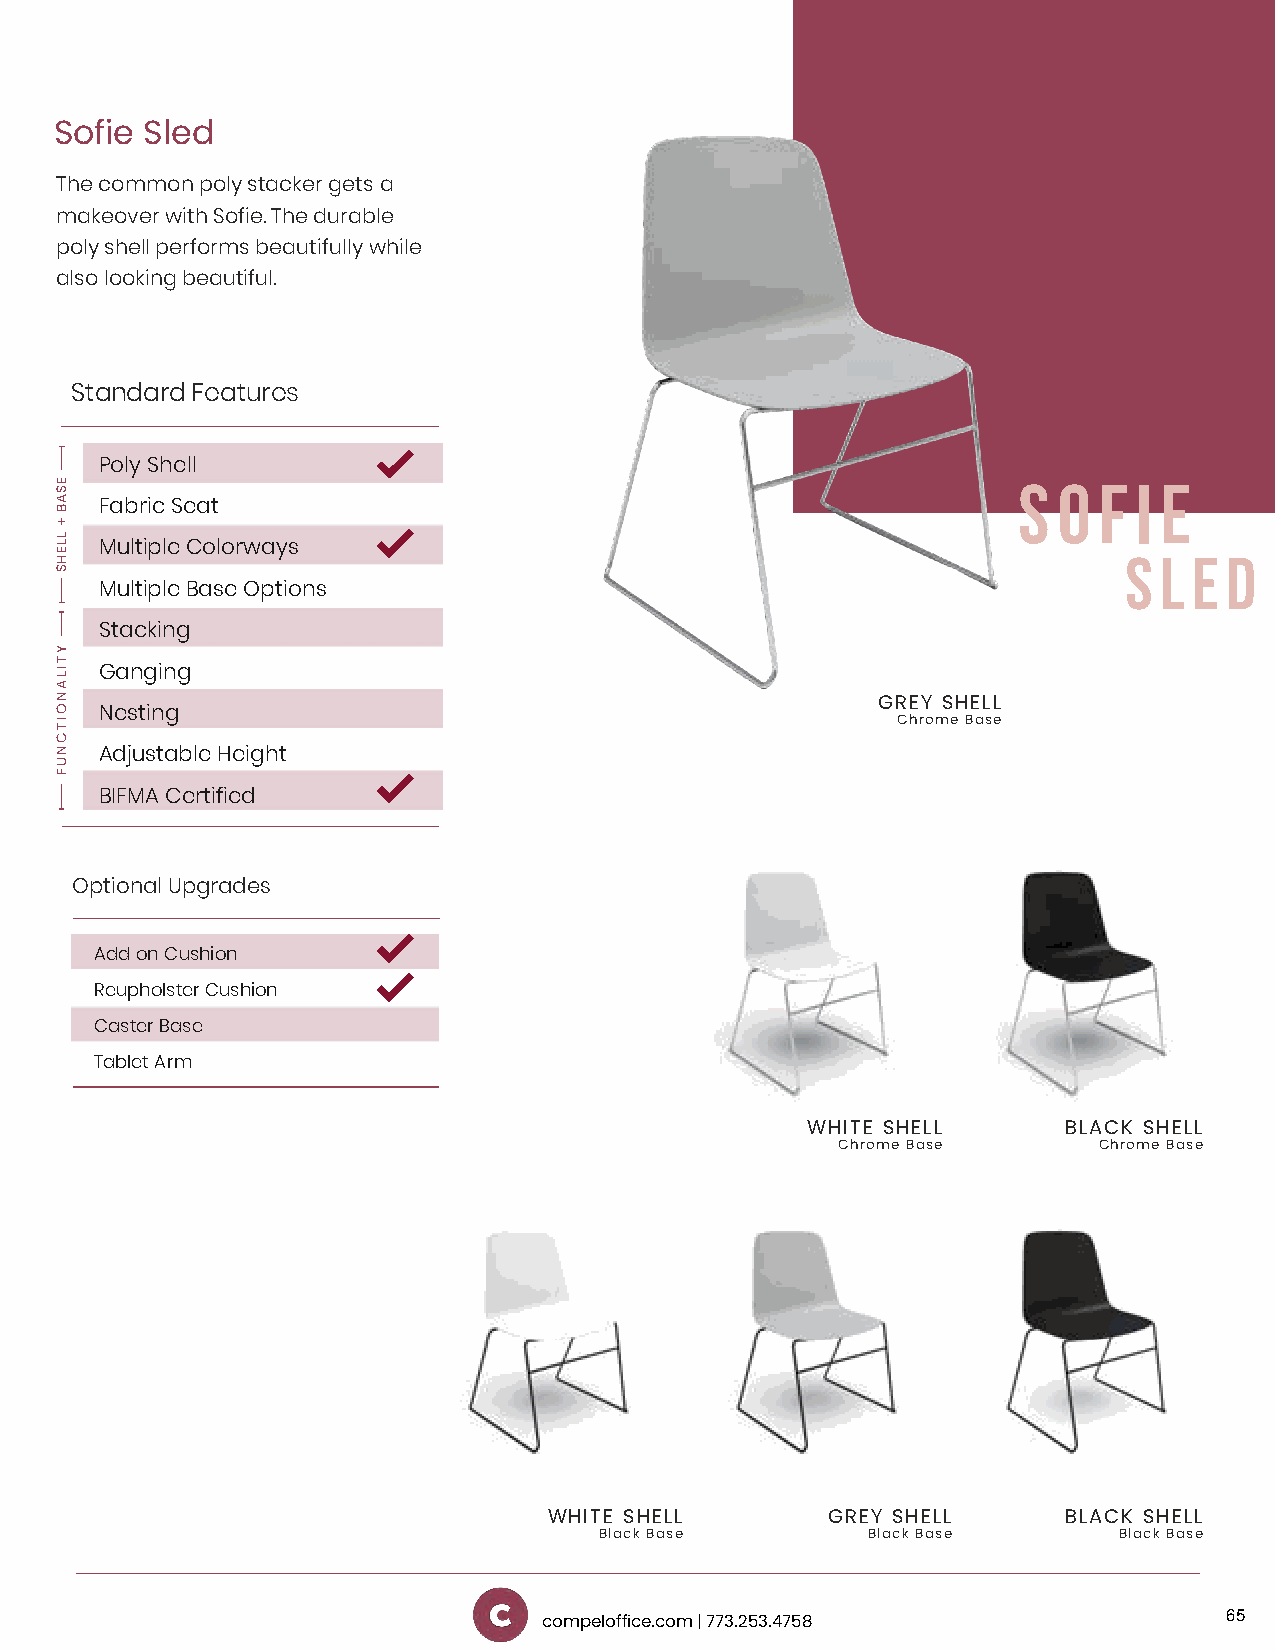
Sofie Sled
 The common poly stacker gets a
 makeover with Sofie. The durable
 poly shell performs beautifully while
 also looking beautiful.
 Standard Features
 Poly Shell
 S  O  F I E
 Fabric Seat
 Multiple Colorways                                                  S L E D
 Multiple Base Options
 Stacking
 Ganging
 GREY SHELL
 Nesting
 Chrome Base
 Adjustable Height
 BIFMA Certified
 Optional Upgrades
 Add on Cushion
 Reupholster Cushion
 Caster Base
 Tablet Arm
 WHITE SHELL      BLACK SHELL
 Chrome Base       Chrome Base
 WHITE SHELL        GREY SHELL     BLACK SHELL
 Black Base       Black Base       Black Base
 65
 compeloffice.com | 773.253.4758
 ESAB
 +
 LLEHS
 YTILANOITCNUF